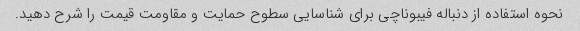
نحوه استفاده از دنباله فیبوناچی برای شناسایی سطوح حمایت و مقاومت قیمت را شرح دهید.